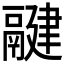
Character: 𩱃